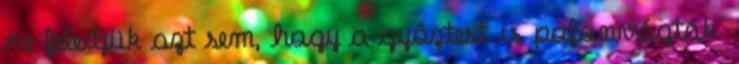
ne feledjük azt sem, hogy a gyôztest is pofonvágták.